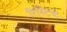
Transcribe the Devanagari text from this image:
रिस्टिवो